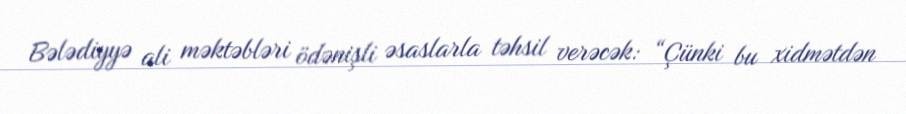
Bələdiyyə ali məktəbləri ödənişli əsaslarla təhsil verəcək: “Çünki bu xidmətdən